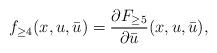
LaTeX: \begin{align*}f_{\geq4}(x,u,\bar{u})=\frac{\partial F_{\geq5}}{\partial{\bar{u}}}(x,u,\bar{u}),\end{align*}